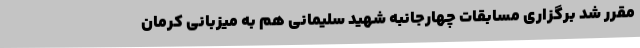
مقرر شد برگزاری مسابقات چهارجانبه شهید سلیمانی هم به میزبانی کرمان